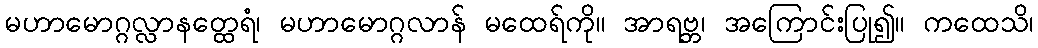
မဟာမောဂ္ဂလ္လာနတ္ထေရံ၊ မဟာမောဂ္ဂလာန် မထေရ်ကို။ အာရဗ္ဘ၊ အကြောင်းပြု၍။ ကထေသိ၊